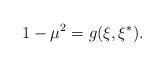
LaTeX: \begin{align*} 1-\mu^{2}=g(\xi,\xi^{\ast}).\end{align*}